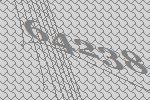
64238